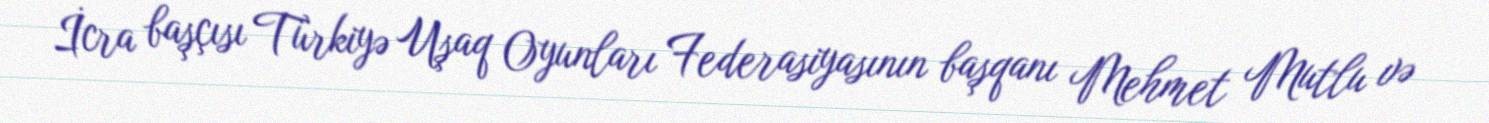
İcra başçısı Türkiyə Uşaq Oyunları Federasiyasının başqanı Mehmet Mutlu və